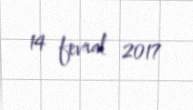
14 fevral 2017